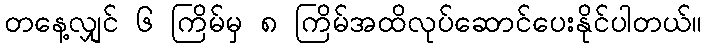
တနေ့လျှင် ၆ ကြိမ်မှ ၈ ကြိမ်အထိလုပ်ဆောင်ပေးနိုင်ပါတယ်။